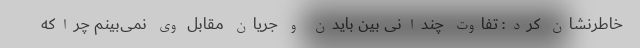
خاطرنشان کرد: تفاوت چندانی بین بایدن و جریان مقابل وی نمی‌بینم چراکه